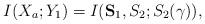
LaTeX: \begin{align*}I(X_a;Y_1)=I(\mathbf{S}_1,S_2;S_2(\gamma)),\end{align*}